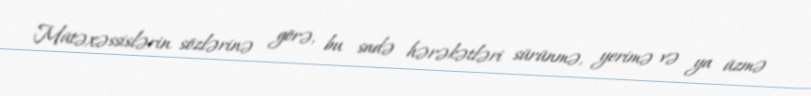
Mütəxəssislərin sözlərinə görə, bu sadə hərəkətləri sürünmə, yerimə və ya üzmə